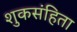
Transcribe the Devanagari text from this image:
शुकसंहिता